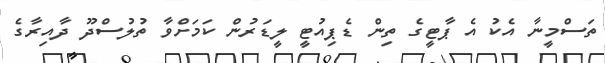
ތަސްމީނާ އެކު އެ ޕާޓީގެ ތިން ޑެޕިއުޓީ ލީޑަރުން ކަމަށްވާ ތުލުސްދޫ ދާއިރާގެ